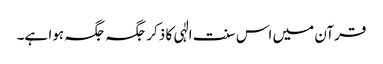
قرآن میں اس سنت الٰہی کا ذکر جگہ جگہ ہوا ہے۔